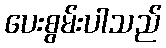
ပေးစွမ်းပါသည်